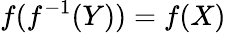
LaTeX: f(f^{-1}(Y))=f(X)